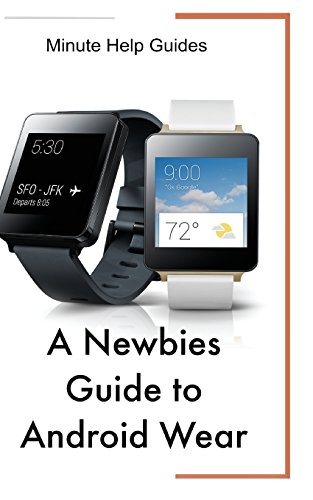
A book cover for A Newbies Guide to Android Wear; Minute Help Guides; Computers & Technology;